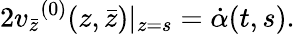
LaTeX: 2{v_{\bar{z}}}^{(0)}(z,\bar{z})|_{z=s}=\dot{\alpha}(t,s).